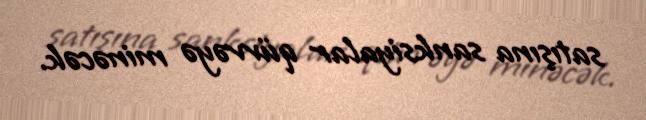
satışına sanksiyalar qüvvəyə minəcək.